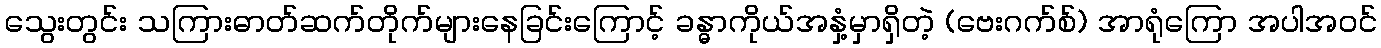
သွေးတွင်း သကြားဓာတ်ဆက်တိုက်များနေခြင်းကြောင့် ခန္ဓာကိုယ်အနှံ့မှာရှိတဲ့ (ဗေးဂက်စ်) အာရုံကြော အပါအဝင်